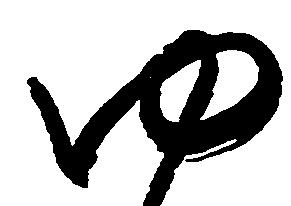
ゆ